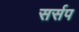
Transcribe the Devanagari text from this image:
सर्सप